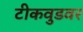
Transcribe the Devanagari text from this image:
टीकवुडवर